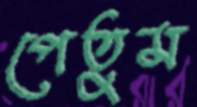
পেতুম